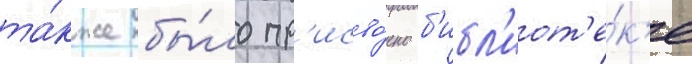
та́кже бы́ло пр'исво́ено б'ибл'иот'е́к'е